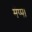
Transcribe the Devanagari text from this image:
मॅप्पा